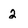
Character: 2